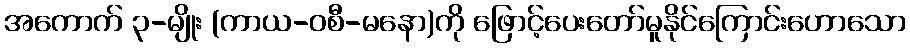
အကောက် ၃-မျိုး (ကာယ-ဝစီ-မနော)ကို ဖြောင့်ပေးတော်မူနိုင်ကြောင်းဟောသော